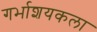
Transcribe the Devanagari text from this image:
गर्भाशयकला